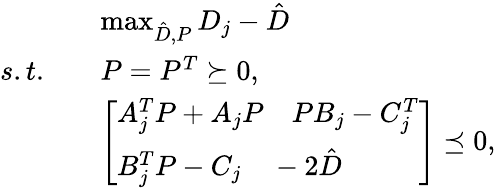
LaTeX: \begin{array}{rl}&{\operatorname*{max}_{\hat{D},P}D_{j}-\hat{D}}\\ {s.t.\quad}&{P=P^{T}\succeq 0,}\\ &{\left[\begin{array}{l}{A_{j}^{T}P+A_{j}P\quad PB_{j}-C_{j}^{T}}\\ {B_{j}^{T}P-C_{j}\quad-2\hat{D}}\end{array}\right]\preceq 0,}\end{array}